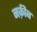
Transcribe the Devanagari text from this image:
नक़ीब